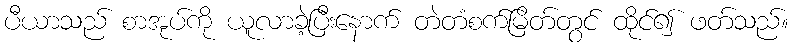
ပီယာသည် စာအုပ်ကို ယူလာခဲ့ပြီးနောက် တဲတံစက်မြိတ်တွင် ထိုင်၍ ဖတ်သည်။